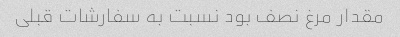
مقدار مرغ نصف بود نسبت به سفارشات قبلی